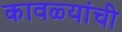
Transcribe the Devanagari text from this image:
कावळ्यांची